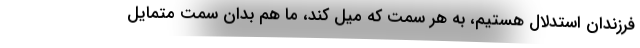
فرزندان استدلال هستیم، به هر سمت که میل کند، ما هم بدان سمت متمایل